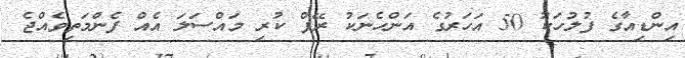
އިންޑިއާގެ ފުލުހަކު 50 އަހަރުގެ އަންހެނަކު ރޭޕް ކުރި މައްސަލަ އެއް ފެންމަތިވެއްޖެ